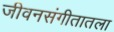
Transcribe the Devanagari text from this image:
जीवनसंगीतातला